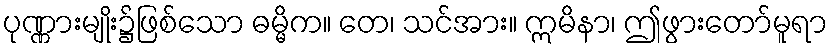
ပုဏ္ဏားမျိုး၌ဖြစ်သော ဓမ္မိက။ တေ၊ သင်အား။ ဣမိနာ၊ ဤဖွားတော်မူရာ